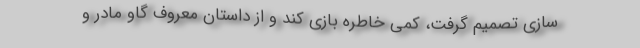
سازی تصمیم گرفت، کمی خاطره بازی کند و از داستان معروف گاو مادر و